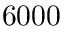
6 0 0 0